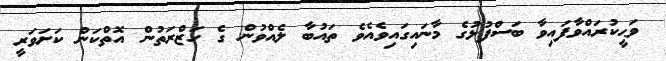
ވަޙީކުރައްވާފައިވާ ބަސްފުޅުގެ މާނައިގައިވެއެވެ ތައުބާ ލެއްވުން ގެ ހަޒްރަތުން އޮތްކަން ކަށަވަރީ